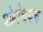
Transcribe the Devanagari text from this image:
पोहोचयच